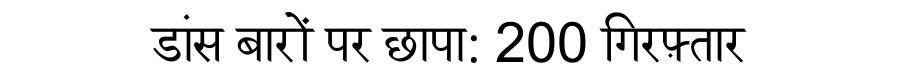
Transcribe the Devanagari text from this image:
डांस बारों पर छापा: 200 गिरफ़्तार